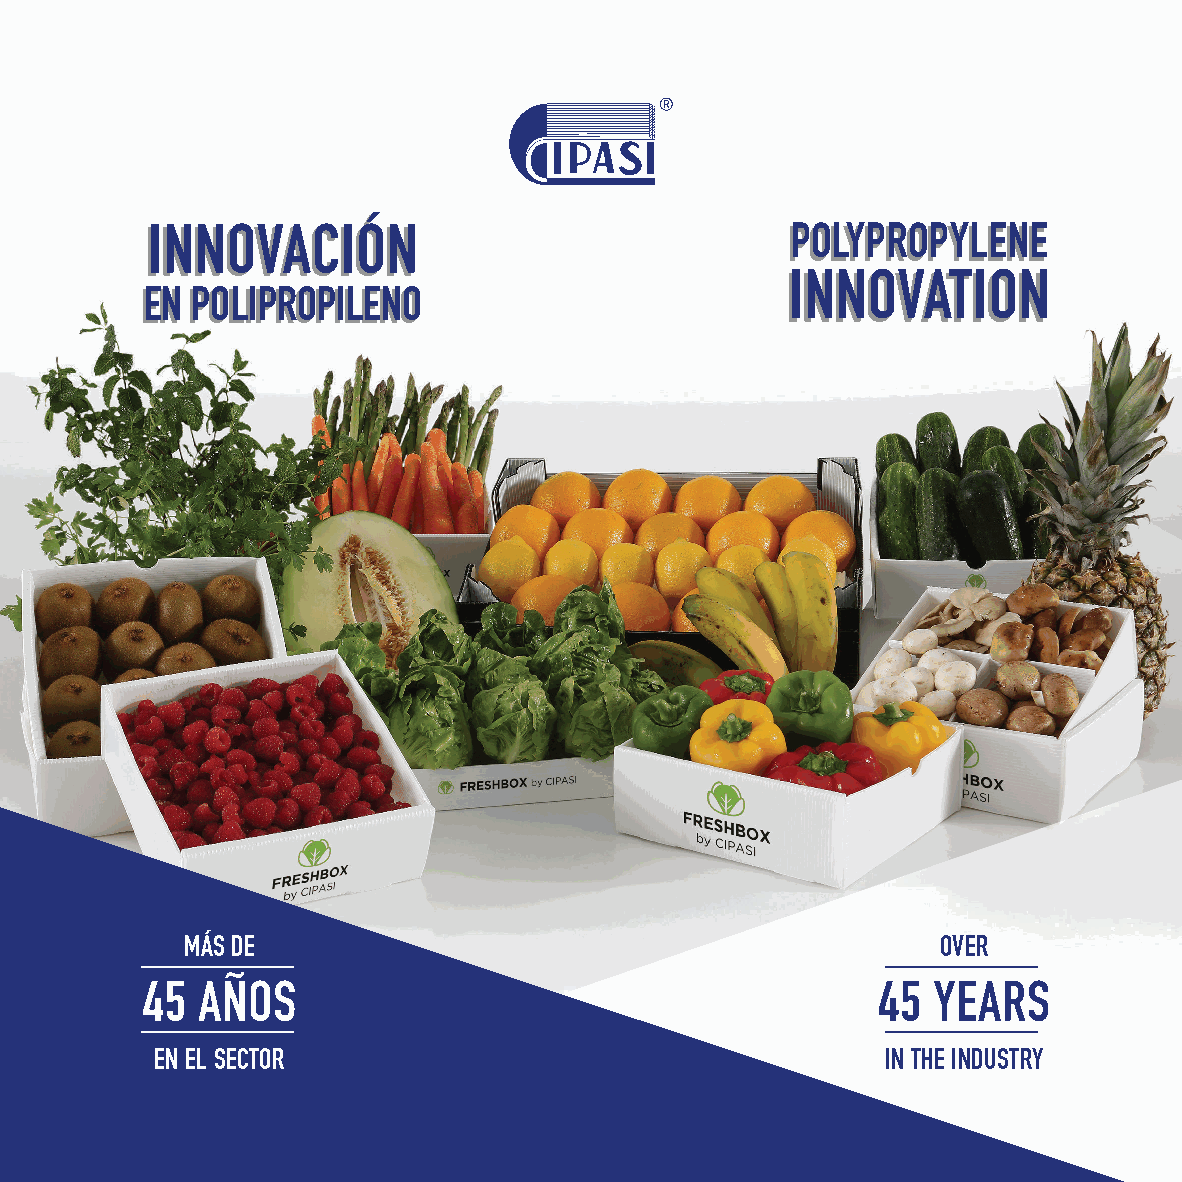
IINNNNOOVVAACCIIÓÓNN                      PPOOLLYYPPRROOPPYYLLEENNEE
 IINNNNOOVVAATTIIOONN
 EENN PPOOLLIIPPRROOPPIILLEENNOO
 MÁS DE                                            OVER
 45  AÑOS                                         45  YEARS
 EN EL SECTOR                                     IN THE INDUSTRY